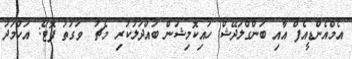
އެމްއެންޑީއެފް އާއި ބަންގްލަދޭޝް ހައިކޮމިޝަން ބައްދަލުކުރި މެޗު  ވަގުތު ފޮޓޯ: އަހްމަދު